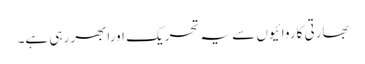
بھارتی کاروائیوں سے یہ تحریک اورابھر رہی ہے۔